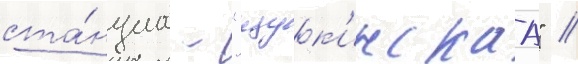
ста́нциа - "щук'инскаа" //